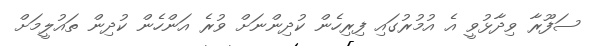
ސަފޫރާ ވިދާޅުވީ އެ އުމުރުގައި ފިރިހެން ކުދިންނަށް ވުރެ އަންހެން ކުދިން ތައުލީމަށް